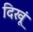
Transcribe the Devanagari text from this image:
दिखूं